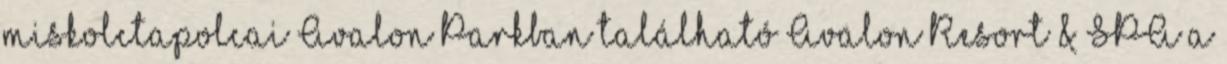
miskolctapolcai Avalon Parkban található Avalon Resort & SPA a